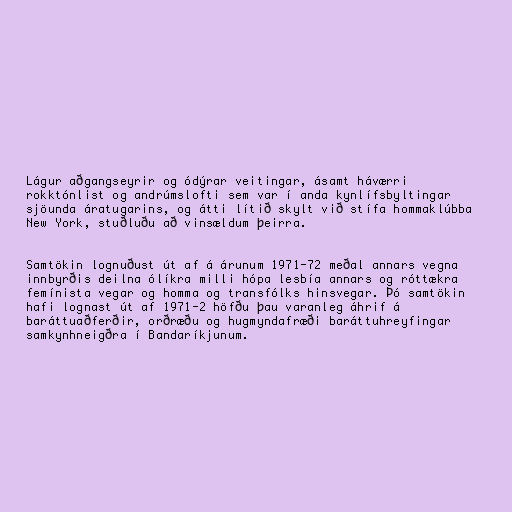
Lágur aðgangseyrir og ódýrar veitingar, ásamt háværri
rokktónlist og andrúmslofti sem var í anda kynlífsbyltingar
sjöunda áratugarins, og átti lítið skylt við stífa hommaklúbba
New York, stuðluðu að vinsældum þeirra.

Samtökin lognuðust út af á árunum 1971-72 meðal annars vegna
innbyrðis deilna ólíkra milli hópa lesbía annars og róttækra
femínista vegar og homma og transfólks hinsvegar. Þó samtökin
hafi lognast út af 1971-2 höfðu þau varanleg áhrif á
baráttuaðferðir, orðræðu og hugmyndafræði baráttuhreyfingar
samkynhneigðra í Bandaríkjunum.